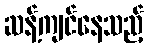
ဆန့်ကျင်နေသည့်